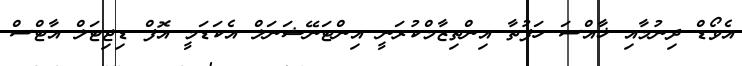
އެވޯޑް ދިނުމާއި ޚާއްސަ ހަފުތާ އިންތިޒާމްކުރަނީ އިންޓަނޭޝަނަލް އެކަޑަމީ އޮފް ޑިޖިޓަލް އާޓްސް